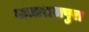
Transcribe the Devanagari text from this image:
बालाराजपुरा